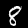
Digit: 8